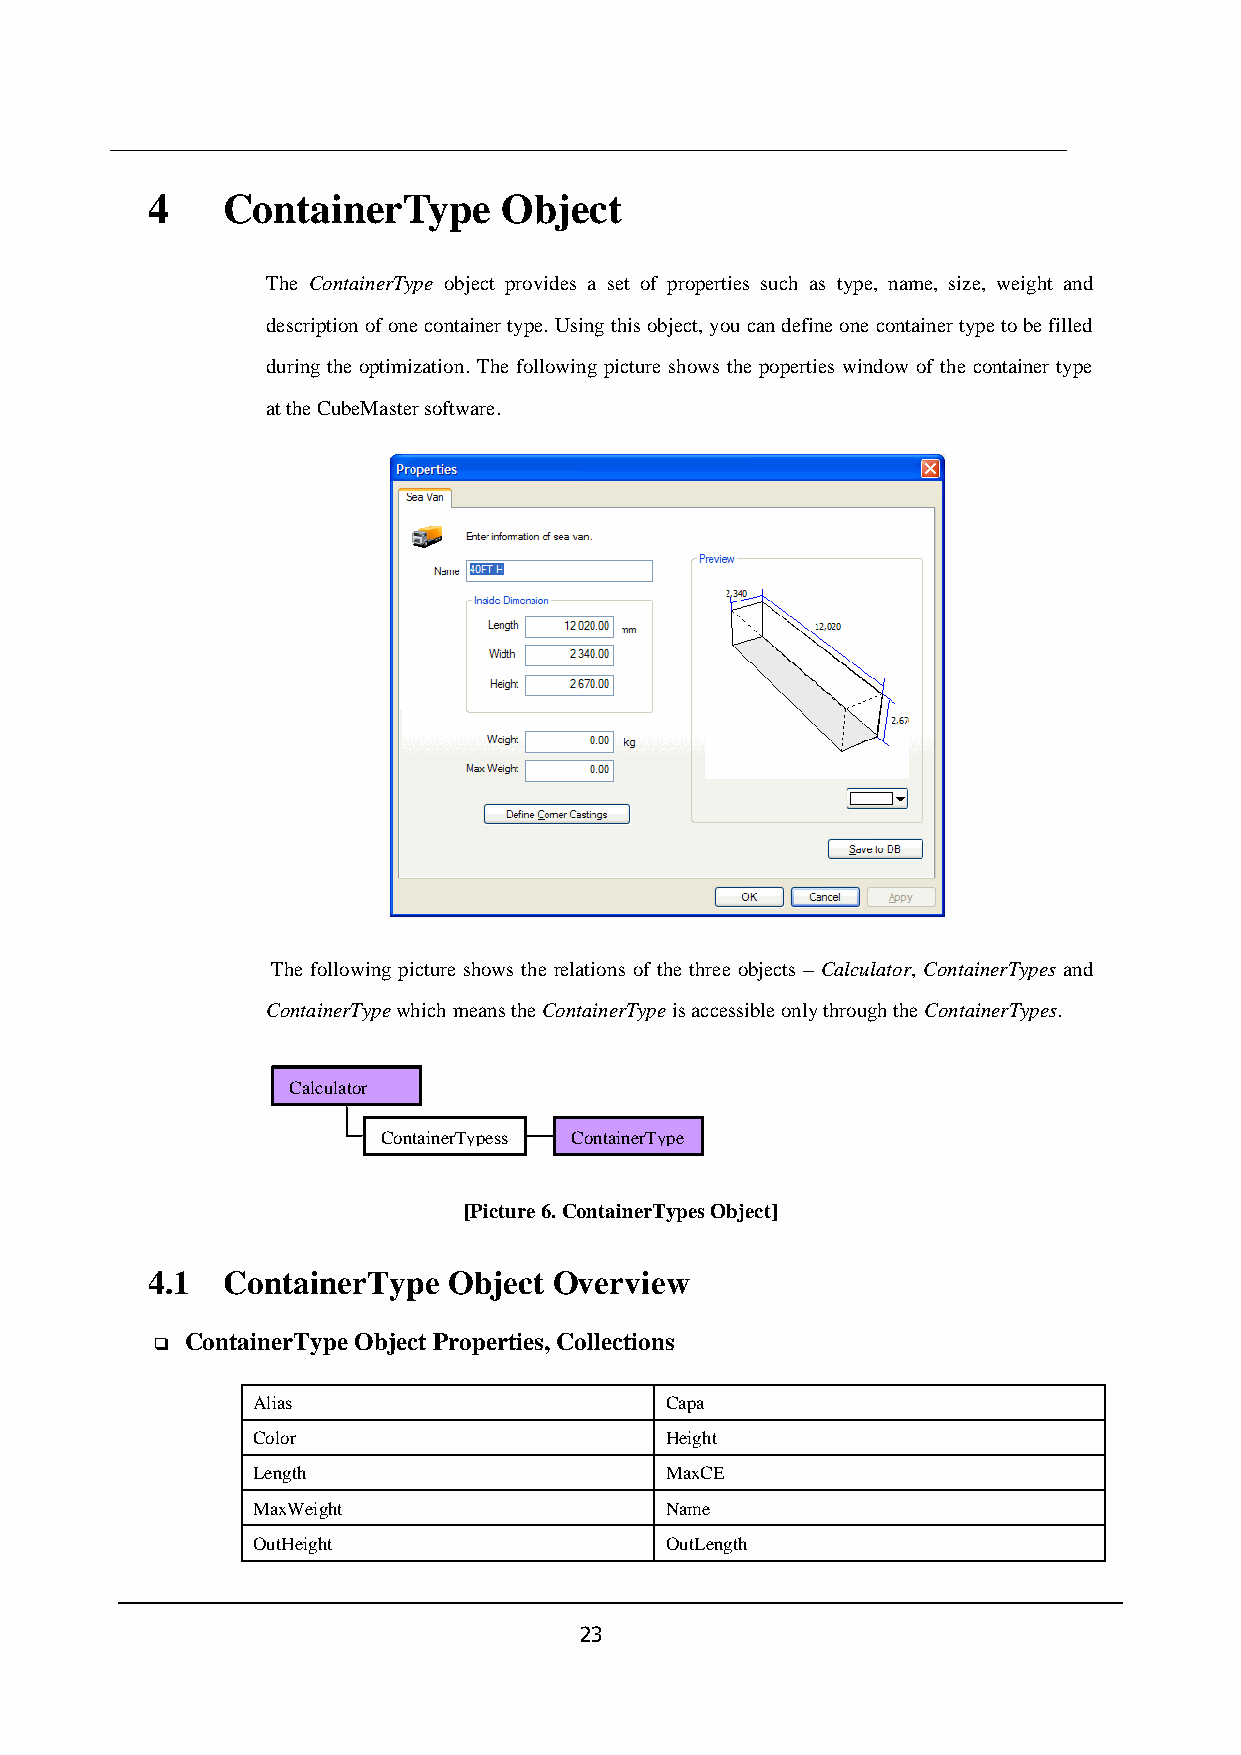
4    ContainerType     Object
 The ContainerType object provides a set of properties such as type, name, size, weight and
 description of one container type. Using this object, you can define one container type to be filled
 during the optimization. The following picture shows the poperties window of the container type
 at the CubeMaster software.
 The following picture shows the relations of the three objects – Calculator, ContainerTypes and
 ContainerType which means the ContainerType is accessible only through the ContainerTypes.
 Calculator
 ContainerTypess ContainerType
 [Picture 6. ContainerTypes Object]
 4.1  ContainerType  Object Overview
 ContainerType Object Properties, Collections
 ❑
 Alias                      Capa
 Color                      Height
 Length                     MaxCE
 MaxWeight                  Name
 OutHeight                  OutLength
 23